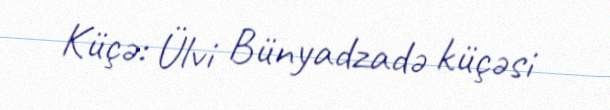
Küçə: Ülvi Bünyadzadə küçəsi